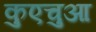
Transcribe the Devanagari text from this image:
कुएचुआ